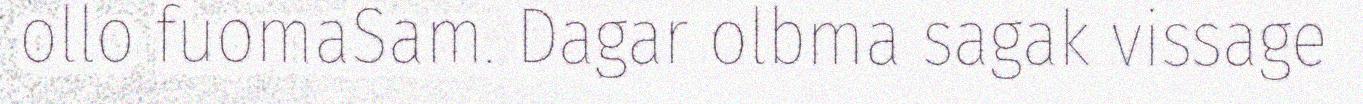
ollo fuomaSam. Dagar olbma sagak vissage